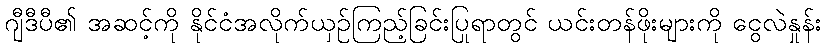
ဂျီဒီပီ၏ အဆင့်ကို နိုင်ငံအလိုက်ယှဉ်ကြည့်ခြင်းပြုရာတွင် ယင်းတန်ဖိုးများကို ငွေလဲနှုန်း